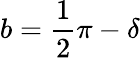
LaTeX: b={\frac{1}{2}}\pi-\delta